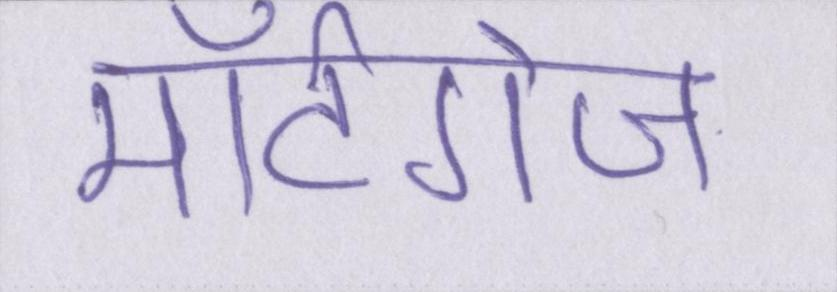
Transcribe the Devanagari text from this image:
मॉर्टगेज